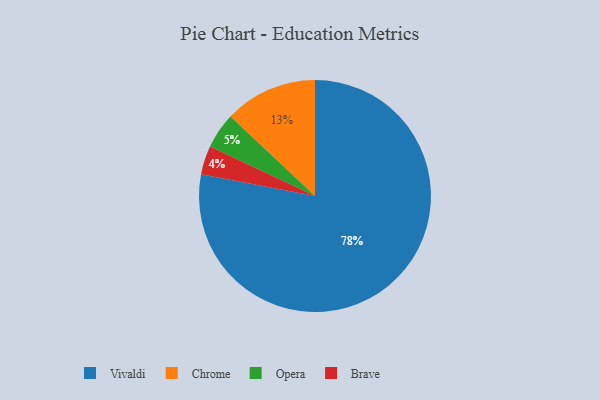
{"axis": {"x": "Category", "y": "Percentage"}, "legend": ["Brave", "Chrome", "Opera", "Vivaldi"], "data": [{"x": "Vivaldi", "y": 78, "type": "Vivaldi"}, {"x": "Opera", "y": 5, "type": "Opera"}, {"x": "Brave", "y": 4, "type": "Brave"}, {"x": "Chrome", "y": 13, "type": "Chrome"}]}